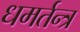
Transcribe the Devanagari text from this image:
धमर्तन्त्र